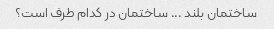
ساختمان بلند ... ساختمان در کدام طرف است؟